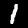
Digit: 1